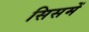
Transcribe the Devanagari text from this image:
सिसमें